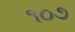
૧૦૭